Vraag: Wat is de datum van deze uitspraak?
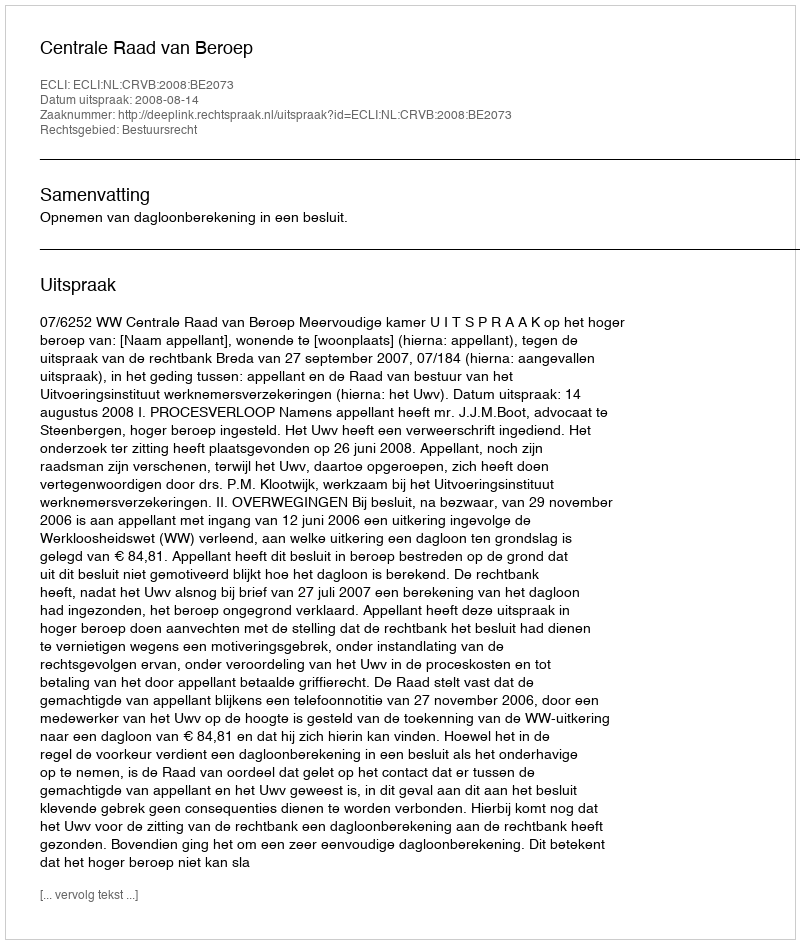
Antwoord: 2008-08-14